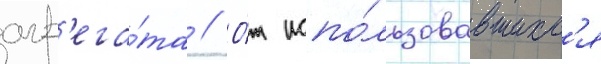
агр'ега́та // О́т испо́льзовавшихс'я